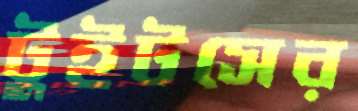
টুইটসের